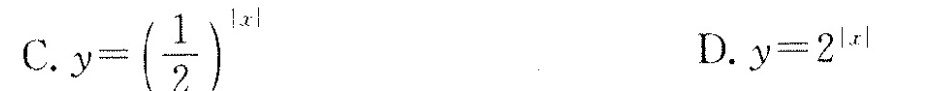
C. $$ y=( \frac {1} {2} ) ^ {|x|} $$ D. $$ y=2 ^ {|x|} $$